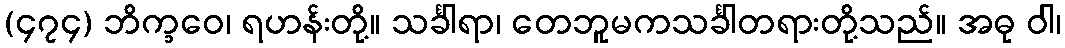
(၄၇၄) ဘိက္ခဝေ၊ ရဟန်းတို့။ သင်္ခါရာ၊ တေဘူမကသင်္ခါတရားတို့သည်။ အဓု ဝါ၊